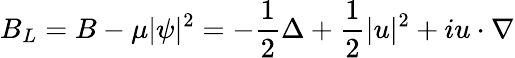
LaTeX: B_{L}=B-\mu\lvert\psi\rvert^{2}=-\frac{1}{2}\Delta+\frac{1}{2}\lvert u\rvert^{2}+iu\cdot\nabla